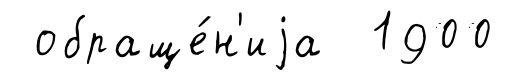
обраще́н'иjа 1900